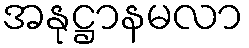
အနုဋ္ဌာနမလာ